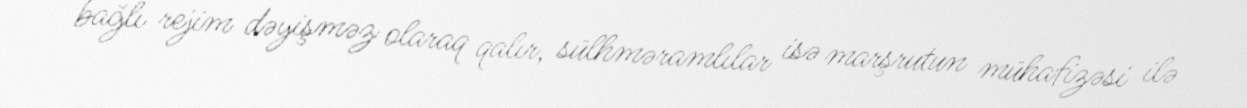
bağlı rejim dəyişməz olaraq qalır, sülhməramlılar isə marşrutun mühafizəsi ilə